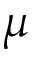
\mu